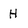
Character: H